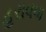
હરાવવા